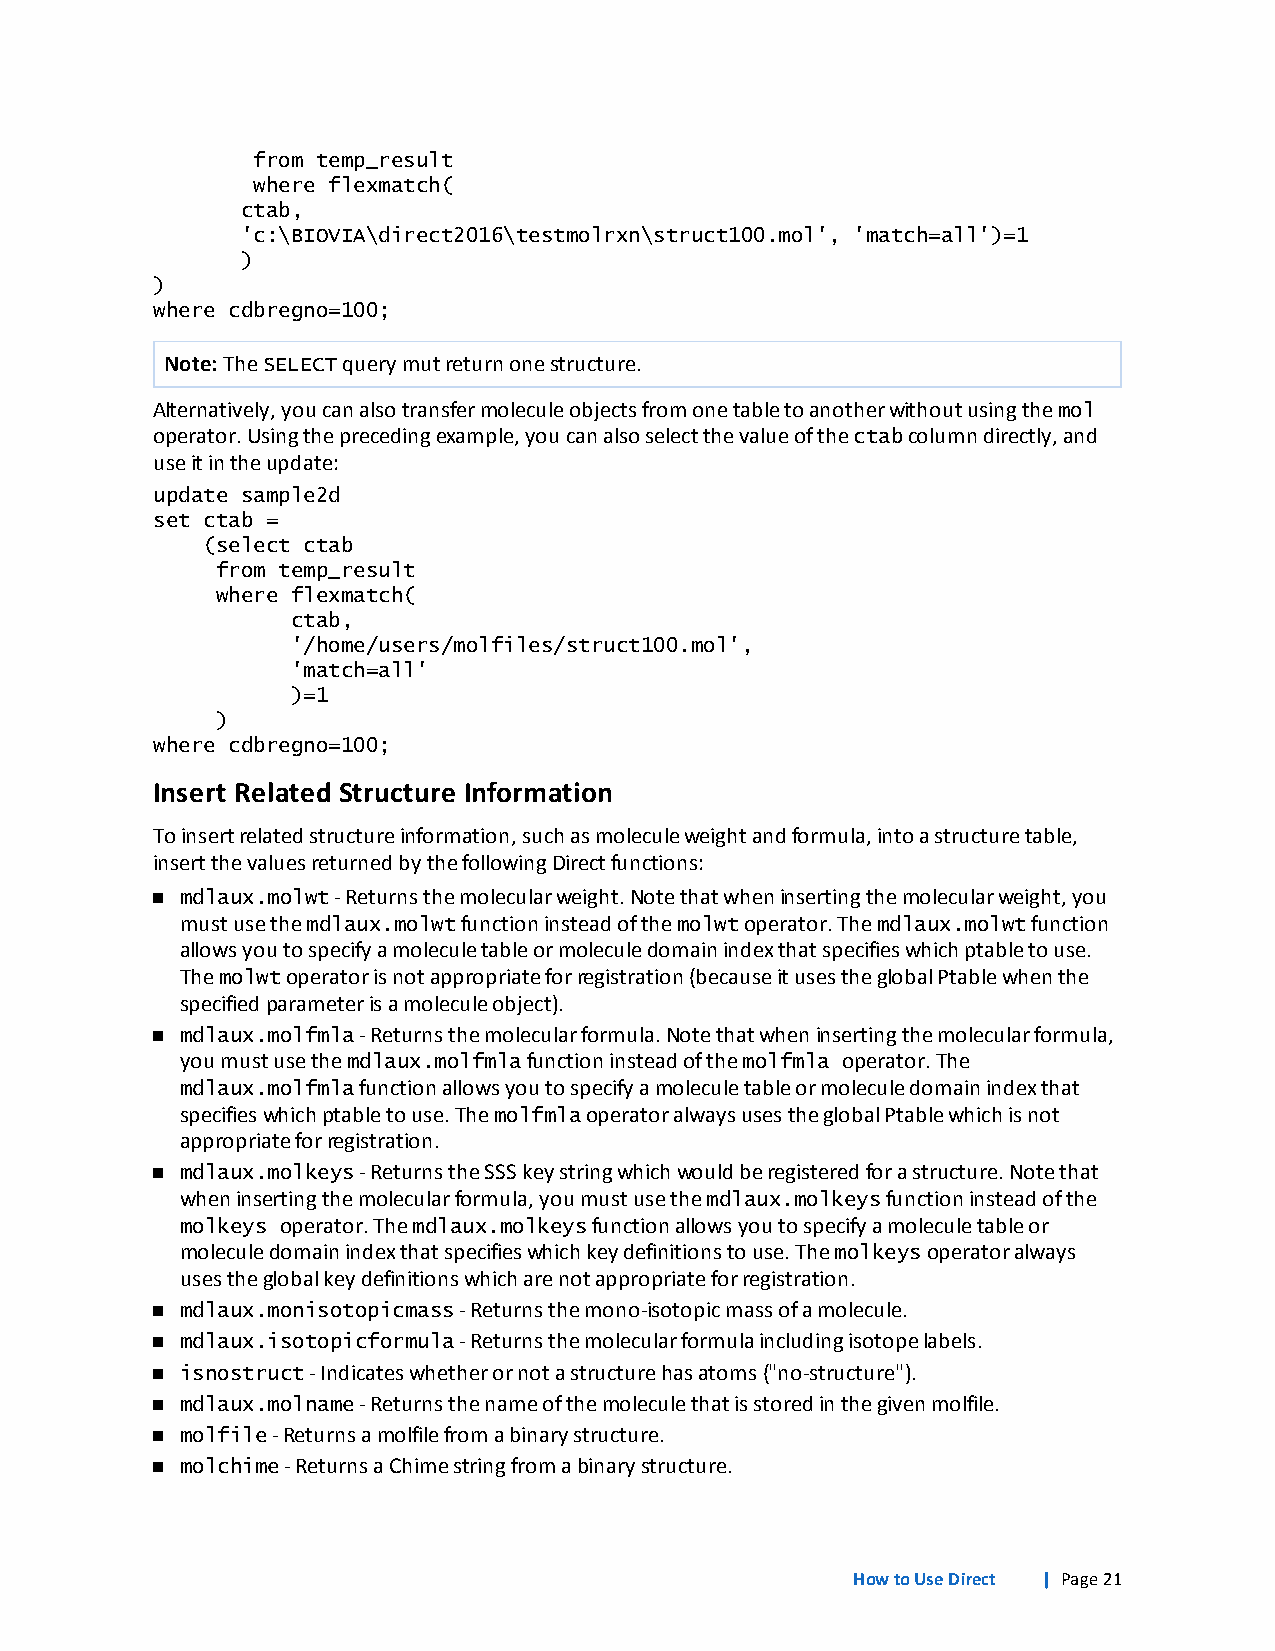
from temp_result
 where flexmatch(
 ctab,
 'c:\BIOVIA\direct2016\testmolrxn\struct100.mol', 'match=all')=1
 )
 )
 where cdbregno=100;
 Note:TheSELECTquerymutreturnonestructure.
 Alternatively,youcanalsotransfermoleculeobjectsfromonetabletoanotherwithoutusingthemol
 operator.Usingtheprecedingexample,youcanalsoselectthevalueofthectabcolumndirectly,and
 useitintheupdate:
 update sample2d
 set ctab =
 (select ctab
 from temp_result
 where flexmatch(
 ctab,
 '/home/users/molfiles/struct100.mol',
 'match=all'
 )=1
 )
 where cdbregno=100;
 Insert Related Structure Information
 Toinsertrelatedstructureinformation,suchasmoleculeweightandformula,intoastructuretable,
 insertthevaluesreturnedbythefollowingDirectfunctions:
 n mdlaux.molwt-Returnsthemolecularweight.Notethatwheninsertingthemolecularweight,you
 mustusethemdlaux.molwtfunctioninsteadofthemolwtoperator.Themdlaux.molwtfunction
 allowsyoutospecifyamoleculetableormoleculedomainindexthatspecifieswhichptabletouse.
 Themolwtoperatorisnotappropriateforregistration(becauseitusestheglobalPtablewhenthe
 specifiedparameterisamoleculeobject).
 n mdlaux.molfmla-Returnsthemolecularformula.Notethatwheninsertingthemolecularformula,
 youmustusethemdlaux.molfmlafunctioninsteadofthemolfmla operator.The
 mdlaux.molfmlafunctionallowsyoutospecifyamoleculetableormoleculedomainindexthat
 specifieswhichptabletouse.ThemolfmlaoperatoralwaysusestheglobalPtablewhichisnot
 appropriateforregistration.
 n mdlaux.molkeys-ReturnstheSSSkeystringwhichwouldberegisteredforastructure.Notethat
 wheninsertingthemolecularformula,youmustusethemdlaux.molkeysfunctioninsteadofthe
 molkeys operator.Themdlaux.molkeysfunctionallowsyoutospecifyamoleculetableor
 moleculedomainindexthatspecifieswhichkeydefinitionstouse.Themolkeysoperatoralways
 usestheglobalkeydefinitionswhicharenotappropriateforregistration.
 n mdlaux.monisotopicmass-Returnsthemono-isotopicmassofamolecule.
 n mdlaux.isotopicformula-Returnsthemolecularformulaincludingisotopelabels.
 n isnostruct-Indicateswhetherornotastructurehasatoms("no-structure").
 n mdlaux.molname-Returnsthenameofthemoleculethatisstoredinthegivenmolfile.
 n molfile-Returnsamolfilefromabinarystructure.
 n molchime-ReturnsaChimestringfromabinarystructure.
 HowtoUseDirect | Page21